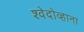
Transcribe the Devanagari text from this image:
श्वेदोव्हाना